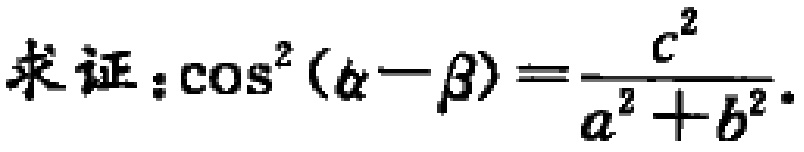
求证：\(\cos^{2}(\alpha - \beta)=\frac{c^{2}}{a^{2}+b^{2}}\)